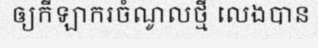
ឲ្យកីឡាករចំណូលថ្មី លេងបាន